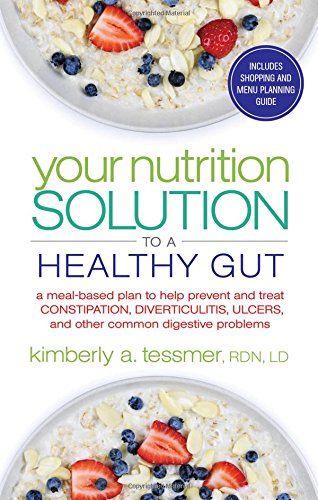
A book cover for Your Nutrition Solution to a Healthy Gut: A Meal-Based Plan to Help Prevent and Treat Constipation, Diverticulitis, Ulcers, and Other Common Digestive Problems; Kimberly A. Tessmer; Health, Fitness & Dieting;